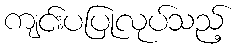
ကျင်းပပြုလုပ်သည့်